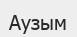
Аузым